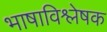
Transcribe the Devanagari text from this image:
भाषाविश्लेषक